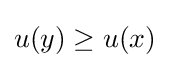
u(y)\geq u(x)